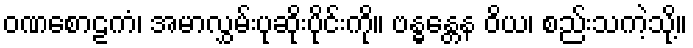
ဝဏစောဠကံ၊ အမာလွှမ်းပုဆိုးပိုင်းကို။ ဗန္ဓန္တေန ဝိယ၊ စည်းသကဲ့သို့။